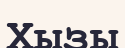
Хызы